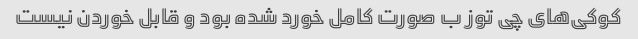
کوکی‌های چی توز ب صورت کامل خورد شده بود و قابل خوردن نیست